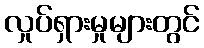
လှုပ်ရှားမှုများတွင်